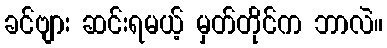
ခင်ဗျား ဆင်းရမယ့် မှတ်တိုင်က ဘာလဲ။